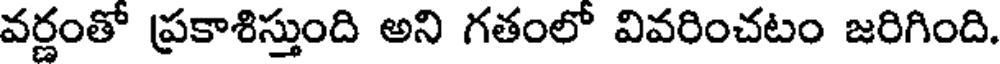
వర్ణంతో ప్రకాశిస్తుంది అని గతంలో వివరించటం జరిగింది.